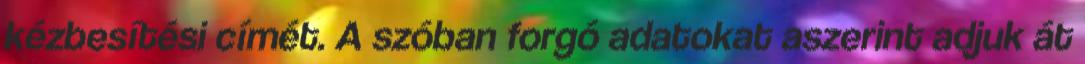
kézbesítési címét. A szóban forgó adatokat aszerint adjuk át